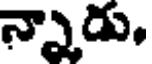
న్నాడు,